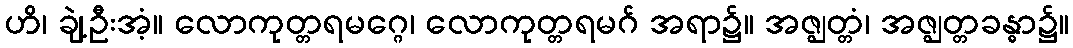
ဟိ၊ ချဲ့ဦးအံ့။ လောကုတ္တရမဂ္ဂေ၊ လောကုတ္တရမဂ် အရာ၌။ အဇ္ဈတ္တံ၊ အဇ္ဈတ္တခန္ဓာ၌။